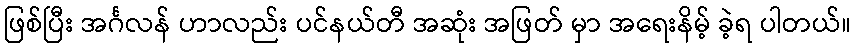
ဖြစ်ပြီး အင်္ဂလန် ဟာလည်း ပင်နယ်တီ အဆုံး အဖြတ် မှာ အရေးနိမ့် ခဲ့ရ ပါတယ်။